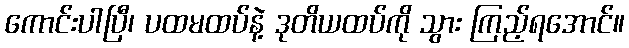
ကောင်းပါပြီ၊ ပထမထပ်နဲ့ ဒုတိယထပ်ကို သွား ကြည့်ရအောင်။